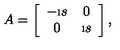
A = \left[ \begin{array} { c c } { - \i s } & { 0 } \\ { 0 } & { \i s } \\ \end{array} \right] ,